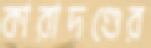
কারাদণ্ডের